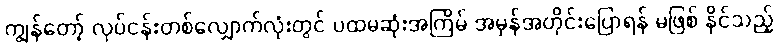
ကျွန်တော့် လုပ်ငန်းတစ်လျှောက်လုံးတွင် ပထမဆုံးအကြိမ် အမှန်အတိုင်းပြောရန် မဖြစ် နိုင်သည့်